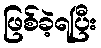
ဖြစ်ခဲ့ရပြီး